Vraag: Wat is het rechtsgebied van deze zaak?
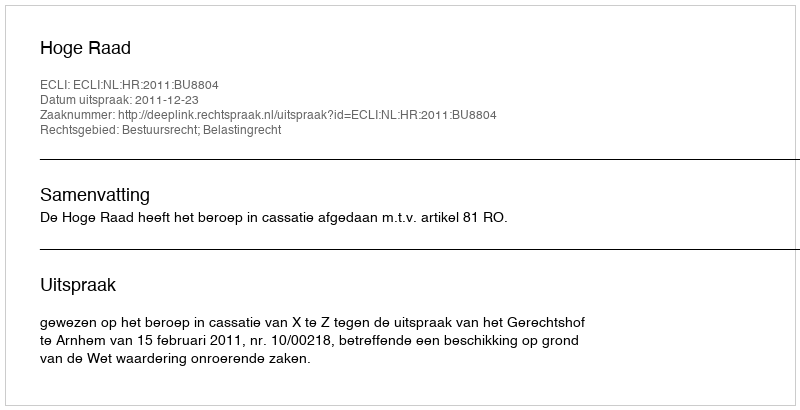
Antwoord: Bestuursrecht; Belastingrecht